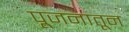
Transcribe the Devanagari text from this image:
पूजनातून